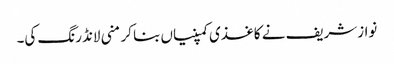
نوازشریف نے کاغذی کمپنیاں بنا کر منی لانڈرنگ کی۔